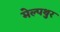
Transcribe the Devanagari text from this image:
मेल्पथुर